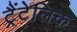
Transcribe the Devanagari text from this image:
ट्रैंटेलिक